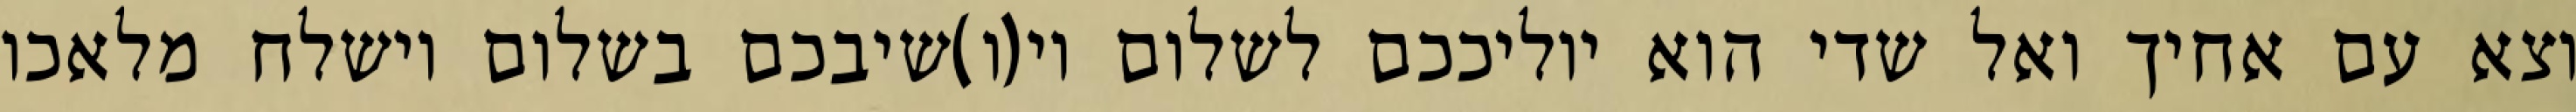
וצא עם אחיך ואל שדי הוא יוליככם לשלום וי(ו)שיבכם בשלום וישלח מלאכו